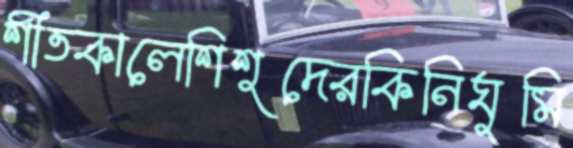
শীতকালেশিশুদেরকিনিঘুমি